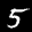
Label: 5